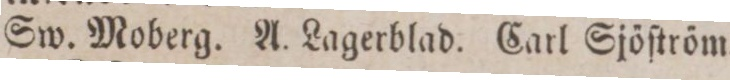
Sw. Moberg. A. Lagerblad. Carl Sjöſtröm.